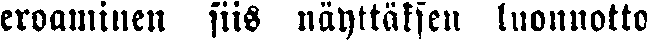
eroaminen siis näyttäksen luonnotto